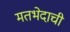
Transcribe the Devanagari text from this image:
मतभेदाची